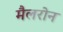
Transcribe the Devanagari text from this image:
मैलरोन